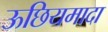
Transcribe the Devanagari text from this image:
ऊछियमादा